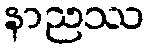
နာညဿ